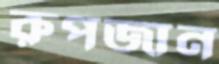
রুপজান